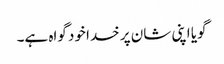
گویا اپنی شان پر خدا خود گواہ ہے۔